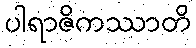
ပါရာဇိကဿာတိ